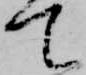
て